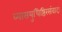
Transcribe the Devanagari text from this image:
व्यासयुधिष्ठिरसंवादः